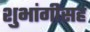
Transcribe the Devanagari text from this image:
शुभांगीसह